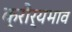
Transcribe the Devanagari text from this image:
क्रौर्यभाव